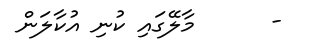
-      މާލޭގައި ކުނި އުކާލަން